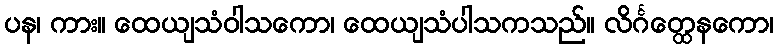
ပန၊ ကား။ ထေယျသံဝါသကော၊ ထေယျသံပါသကသည်။ လိင်္ဂတ္ထေနကော၊